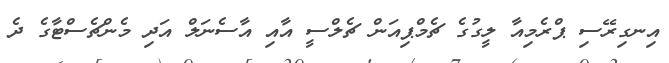
އިނގިރޭސި ޕްރެމިއާ ލީގުގެ ޗެމްޕިއަން ޗެލްސީ އާއި އާސެނަލް އަދި މެންޗެސްޓާގެ ދެ